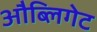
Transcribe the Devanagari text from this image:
औब्लिगेट